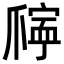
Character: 𪺖